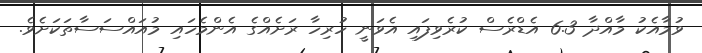
ވުމާއެކު މާއްދާ 6.3 އެޑްރެސް ކުރެވިފައި އެވަނީ ހުރިހާ ރަށެއްގެ އެންމެހައި މުއައްސަސާތަކަށެވެ.